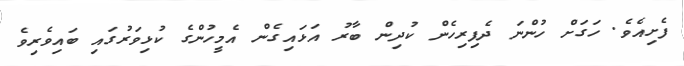
ފެށިއެވެ. ހަގަށް ހުންނަ ދެފިރިހެން ކުދިން ބާރު އަޅައިގެން އެމީހުންގެ ކުޅިވަރުގައި ބައިވެރިވެ